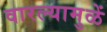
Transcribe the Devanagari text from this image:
वारल्यामुळें